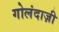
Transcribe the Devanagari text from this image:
गोलंदाज़ी